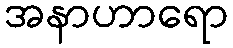
အနာဟာရော